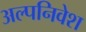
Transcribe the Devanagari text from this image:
अल्पनिवेश